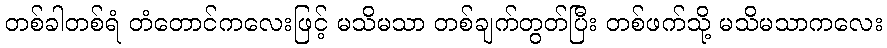
တစ်ခါတစ်ရံ တံတောင်ကလေးဖြင့် မသိမသာ တစ်ချက်တွတ်ပြီး တစ်ဖက်သို့ မသိမသာကလေး